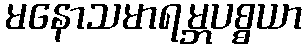
မနောသမာရမ္ဘပစ္စယာ